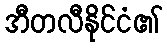
အီတလီနိုင်ငံ၏